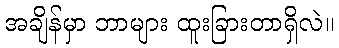
အချိန်မှာ ဘာများ ထူးခြားတာရှိလဲ။